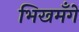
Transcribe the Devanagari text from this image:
भिखमँगे